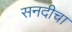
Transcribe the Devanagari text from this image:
सनदीचा